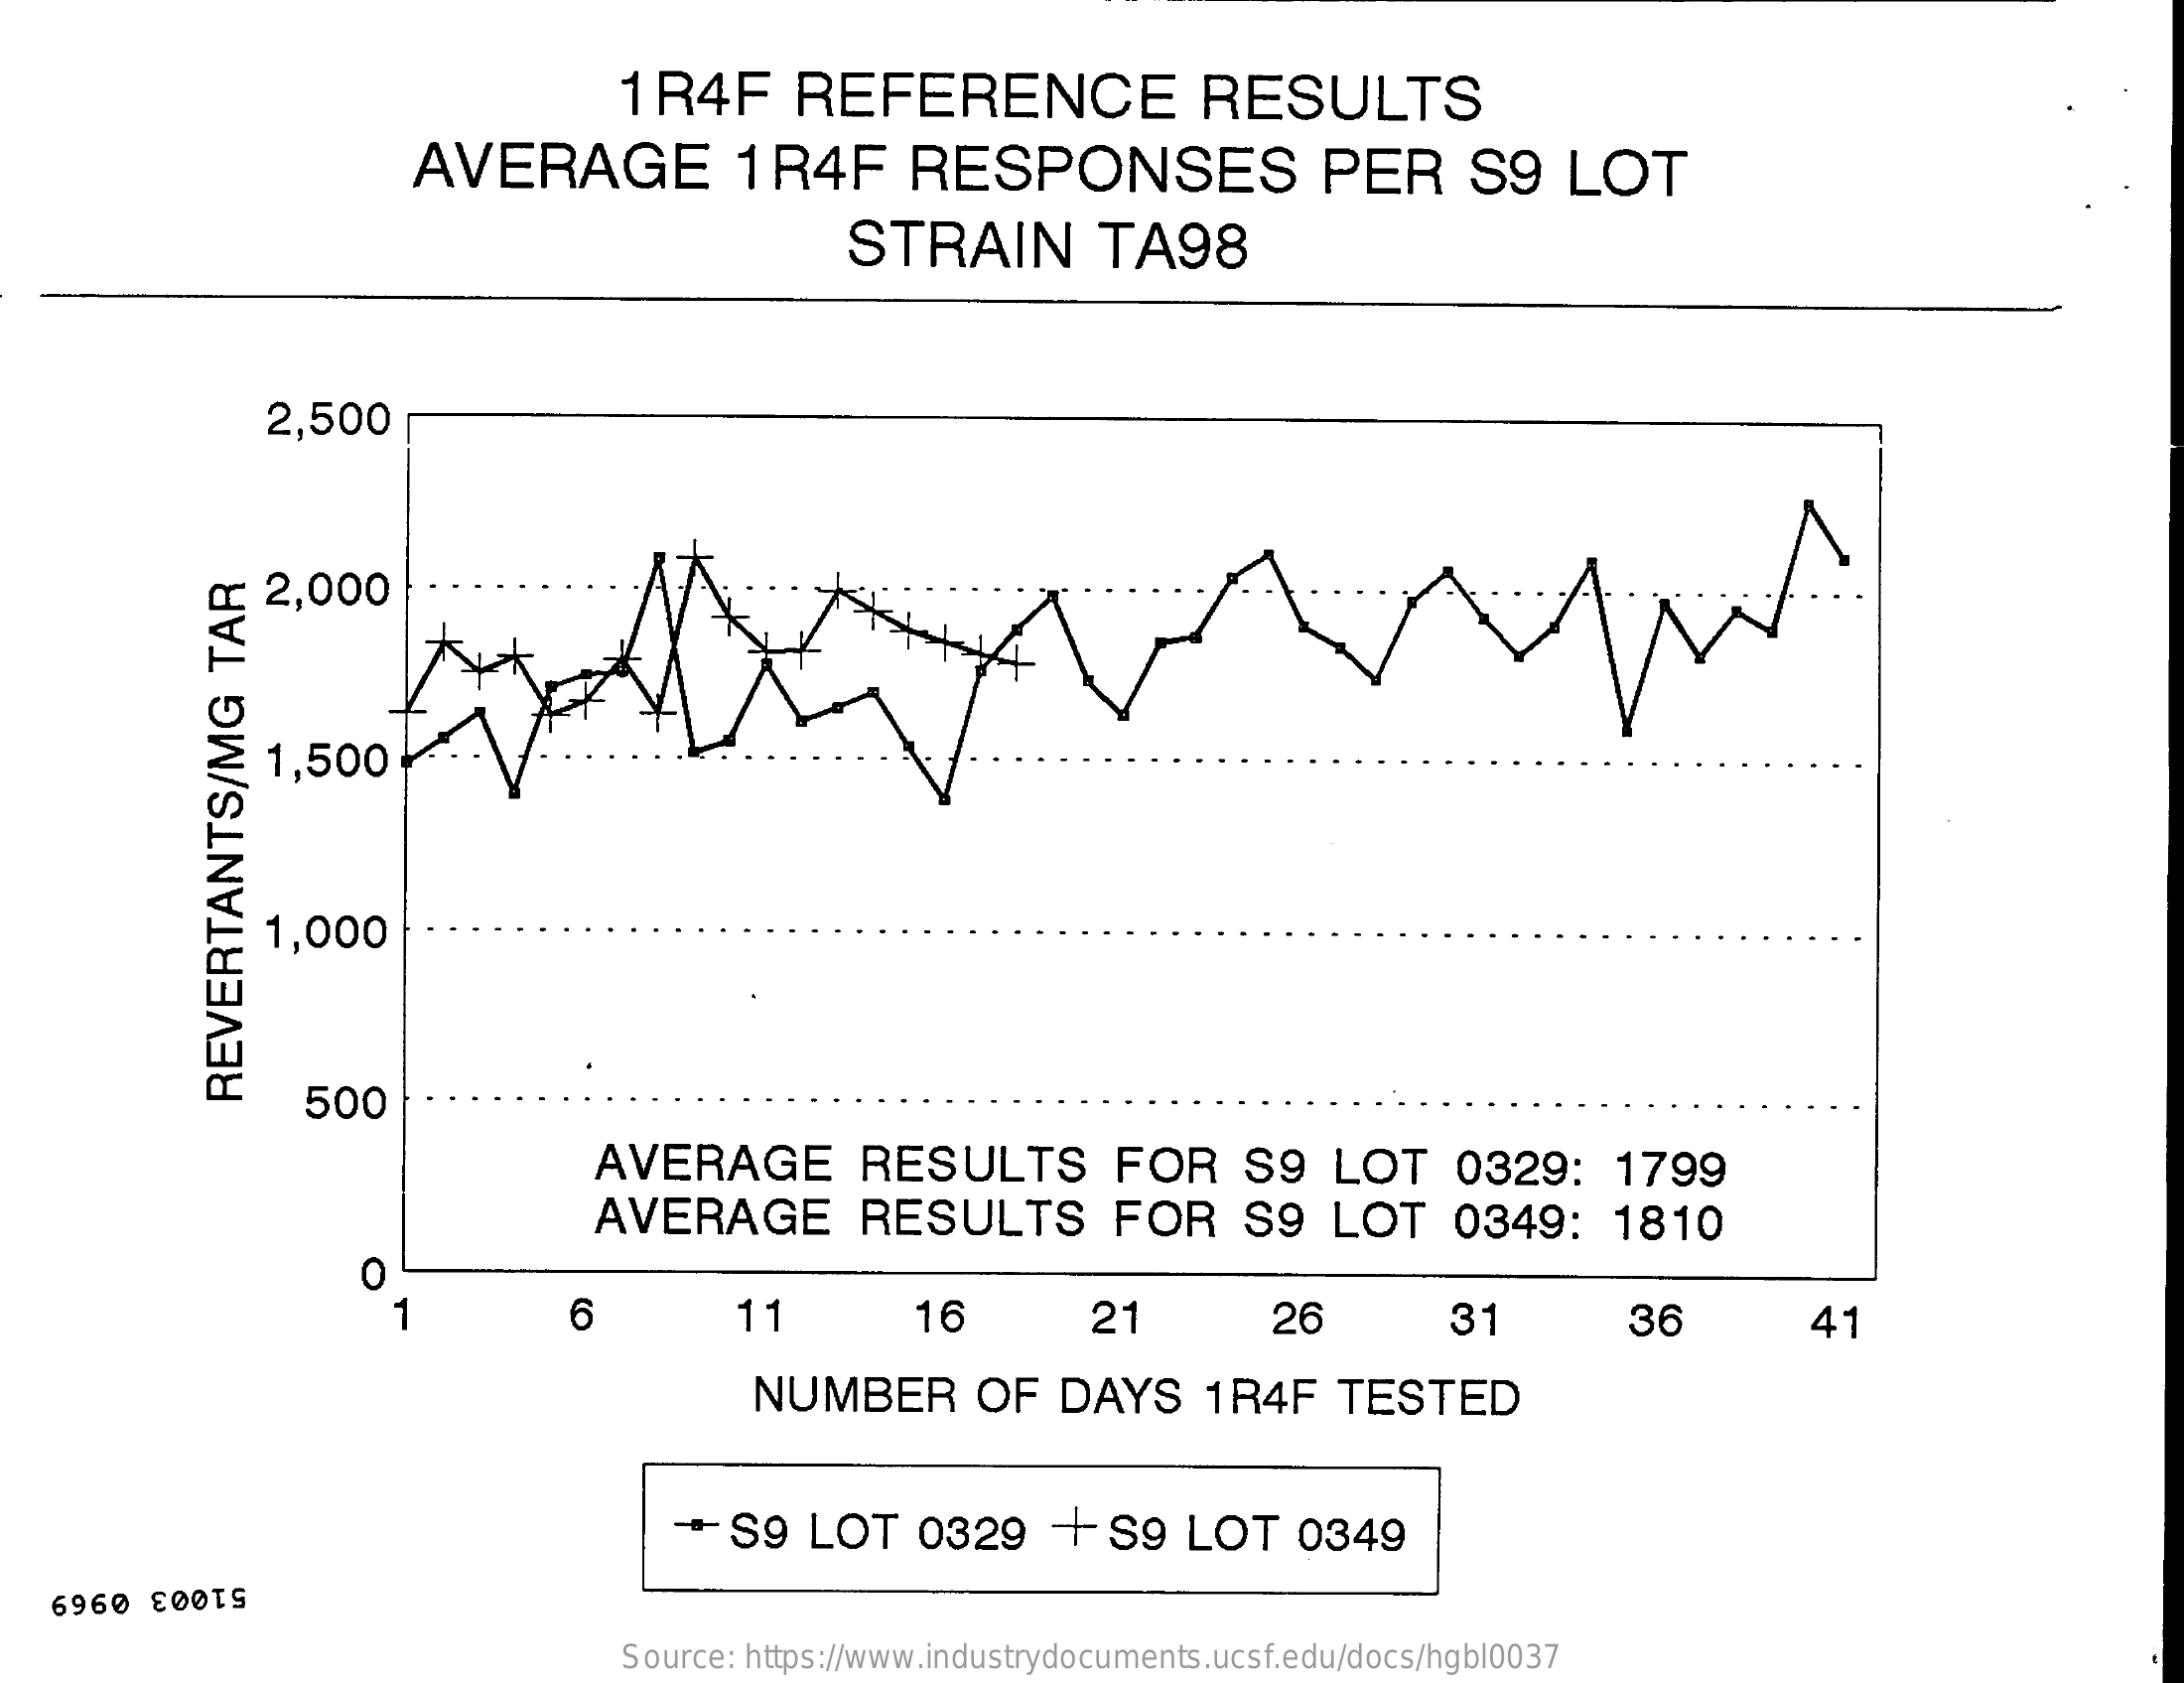
1 R4F    REFERENCE    RESULTS
     AVERAGE    1R4F    RESPONSES    PER    S9    LOT
     STRAIN    TA98
     2,500
     2,000
     2  1,500
     1,000
     500
     REVERTANTS/MG
     TAR
     AVERAGE    RESULTS    FOR    S9    LOT    0329:    1799
     AVERAGE    RESULTS    FOR    S9    LOT    0349:    1810
     O
     6    11    16    21    26    31    36    41
     NUMBER    OF    DAYS    1R4F    TESTED
     S9   LOT    0329    +  S9  LOT    0349
     51003 0969
     Source: https://www.industrydocuments.ucsf.edu/docs/hgbl0037